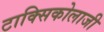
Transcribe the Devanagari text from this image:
टाक्सिकोलाजी